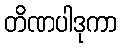
တိဏပါဒုကာ